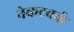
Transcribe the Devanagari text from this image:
नेकटवर्क